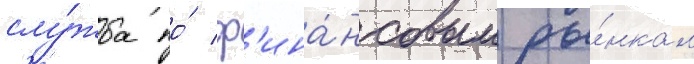
слу́жба по́ ф'ина́нсовым ры́нкам